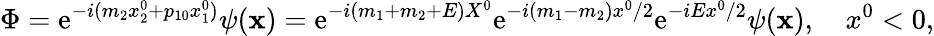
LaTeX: \Phi=\mathrm{e}^{-i(m_{2}x_{2}^{0}+p_{10}x_{1}^{0})}\psi(\mathbf{{x}})=\mathrm{e}^{-i(m_{1}+m_{2}+E)X^{0}}\mathrm{e}^{-i(m_{1}-m_{2})x^{0}/2}\mathrm{e}^{-iEx^{0}/2}\psi(\mathbf{{x}}),\ \ \ \ x^{0}<0,